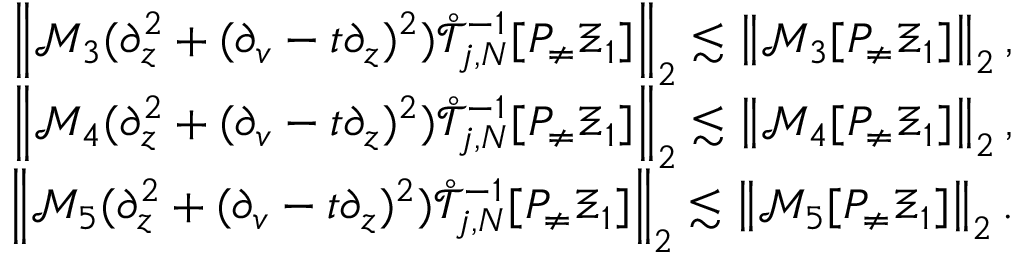
\begin{array} { r } { \left\| \mathcal { M } _ { 3 } ( \partial _ { z } ^ { 2 } + ( \partial _ { v } - t \partial _ { z } ) ^ { 2 } ) \mathring { \mathcal { T } } _ { j , N } ^ { - 1 } [ P _ { \neq } \Xi _ { 1 } ] \right\| _ { 2 } \lesssim \left\| \mathcal { M } _ { 3 } [ P _ { \neq } \Xi _ { 1 } ] \right\| _ { 2 } , } \\ { \left\| \mathcal { M } _ { 4 } ( \partial _ { z } ^ { 2 } + ( \partial _ { v } - t \partial _ { z } ) ^ { 2 } ) \mathring { \mathcal { T } } _ { j , N } ^ { - 1 } [ P _ { \neq } \Xi _ { 1 } ] \right\| _ { 2 } \lesssim \left\| \mathcal { M } _ { 4 } [ P _ { \neq } \Xi _ { 1 } ] \right\| _ { 2 } , } \\ { \left\| \mathcal { M } _ { 5 } ( \partial _ { z } ^ { 2 } + ( \partial _ { v } - t \partial _ { z } ) ^ { 2 } ) \mathring { \mathcal { T } } _ { j , N } ^ { - 1 } [ P _ { \neq } \Xi _ { 1 } ] \right\| _ { 2 } \lesssim \left\| \mathcal { M } _ { 5 } [ P _ { \neq } \Xi _ { 1 } ] \right\| _ { 2 } . } \end{array}